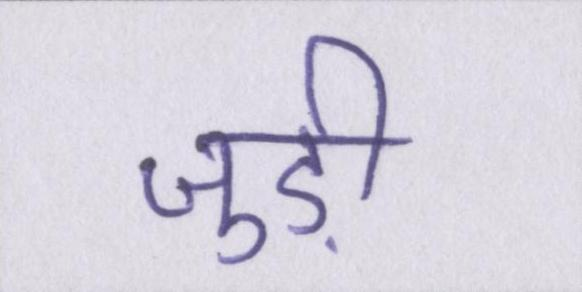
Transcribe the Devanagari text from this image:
जुड़ी